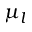
\mu _ { l }